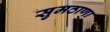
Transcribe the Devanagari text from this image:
सुमठाणा